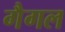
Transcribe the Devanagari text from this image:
गैगल